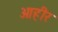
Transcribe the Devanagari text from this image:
आहीर